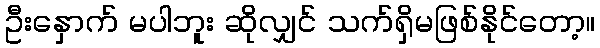
ဦးနှောက် မပါဘူး ဆိုလျှင် သက်ရှိမဖြစ်နိုင်တော့။